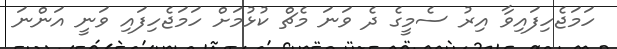
ހަމަޖެހިފައިވާ އިރު ސެމީގެ ދެ ވަނަ މެޗް ކުޅުމަށް ހަމަޖެހިފައި ވަނީ އަންނަ